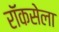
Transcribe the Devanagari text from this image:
रॉकसेला